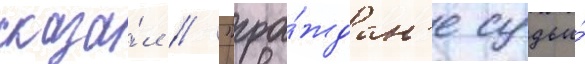
сказа́л // "гра́ждан'е судьи́